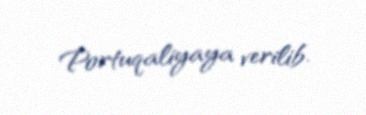
Portuqaliyaya verilib.